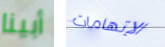
أبينا الإتهامات